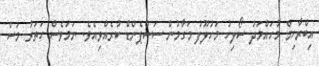
އިބްރާހިމް މުހައްމަދު ސޯލިހު މަހުލޫފު މަގާމުން ސަސްޕެންޑް ކުރެއްވިއެވެ. ނަމަވެސް ހަތަރު މަސް